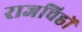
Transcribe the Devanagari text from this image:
राजचिह्रों